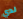
لدي